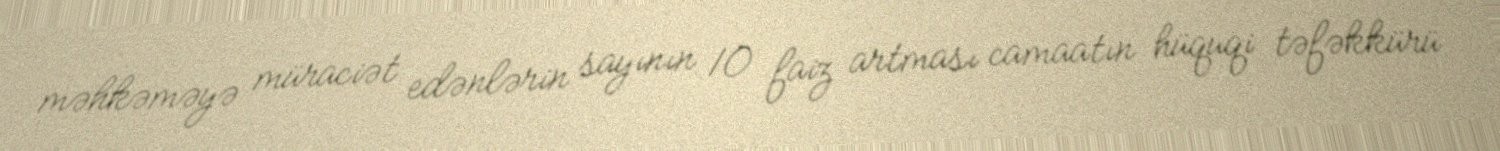
məhkəməyə müraciət edənlərin sayının 10 faiz artması camaatın hüquqi təfəkkürü